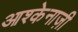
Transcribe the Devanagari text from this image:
आश्केनाज़ी